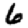
Digit: 6